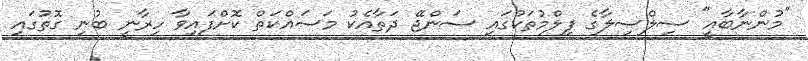
"މުންނާބާއީ" ސިލްސިލާގެ ފިލްމުތަކުގައި ސަންޖޭ ދަތާއެކު މަސައްކަތް ކޮށްފައިވާ ހިރާނީ ބުނި ގޮތުގައި